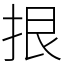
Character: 拫